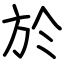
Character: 於